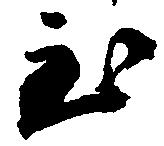
至